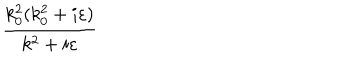
\frac { k _ { 0 } ^ { 2 } ( k _ { 0 } ^ { 2 } + i \varepsilon ) } { k ^ { 2 } + i \varepsilon }